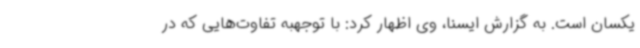
یکسان است. به گزارش ایسنا، وی اظهار کرد: با توجهبه تفاوت‌هایی که در